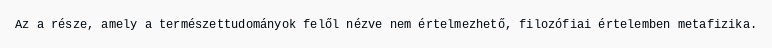
Az a része, amely a természettudományok felől nézve nem értelmezhető, filozófiai értelemben metafizika.